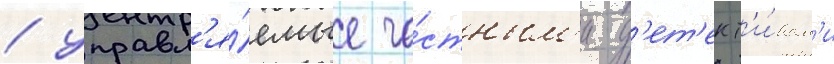
/ управл'я́емые ча́стным'и д'ет'ект'и́вам'и